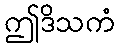
ဤဒိသကံ